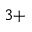
^ { 3 + }